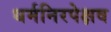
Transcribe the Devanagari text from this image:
धर्मनिरपेक्षव